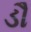
ડૌ